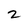
Character: 2